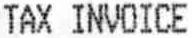
TAX INVOICE